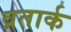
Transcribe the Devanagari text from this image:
व्रतार्क